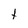
Character: t